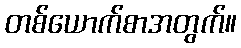
တစ်ယောက်စာအတွက်။